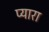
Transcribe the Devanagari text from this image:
प्‍यारा